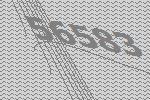
56583